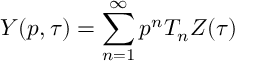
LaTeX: Y ( p , \tau ) = \sum _ { n = 1 } ^ { \infty } p ^ { n } T _ { n } Z ( \tau )